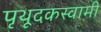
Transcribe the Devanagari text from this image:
पृथूदकस्वामी